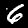
Digit: 6